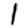
Digit: 1